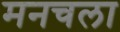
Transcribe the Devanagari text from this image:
मनचला